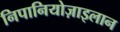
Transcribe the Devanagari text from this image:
निपानियोज़ाइलान